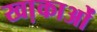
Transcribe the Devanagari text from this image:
खा़काओं